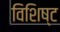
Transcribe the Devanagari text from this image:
विशिष्ट